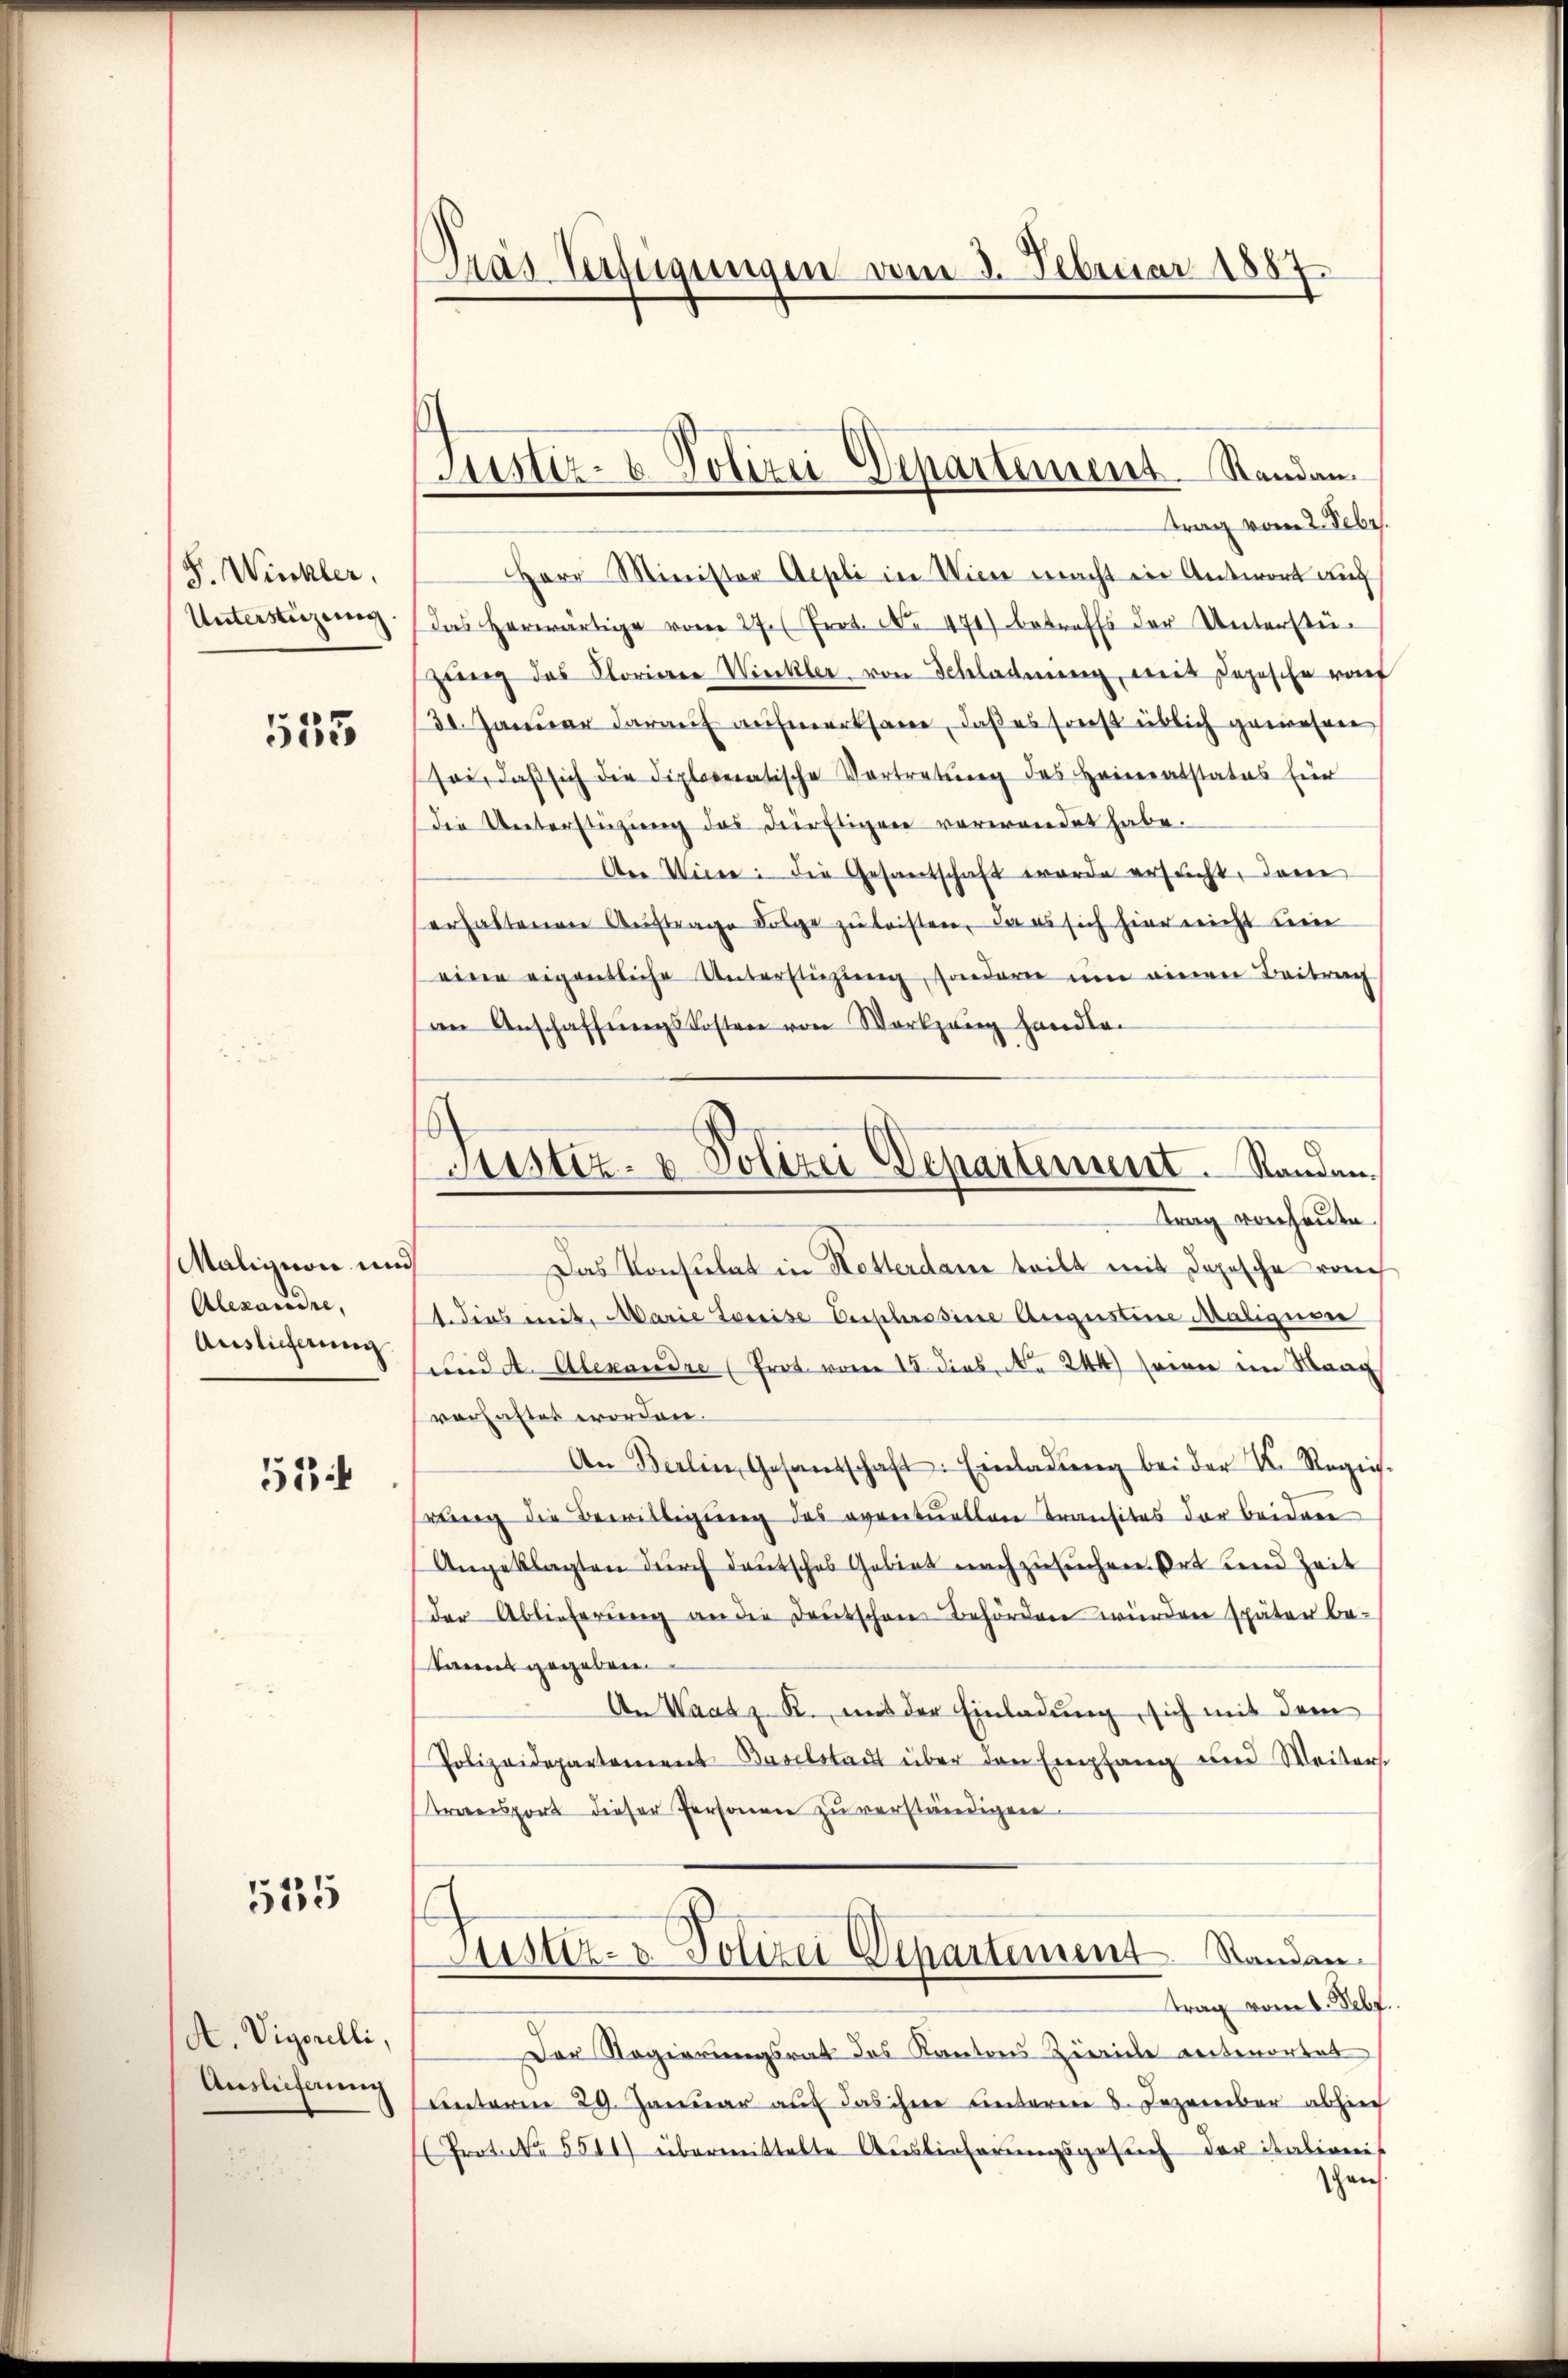
S. Winkler,
Unterstüzeneg

533

Malizion und
Alexandre,
Auslieferung

53

535

A Vigorelli,
Auslieferung

as Tessigungen vom 2. Februar 1857.

Justiz- & Polizei Departement. Standen.

trag vom 2. Febr.
Herr Minister Aeseli in Wien macht die Antwort auch
Das herwärtige vom 27. Prot. No. 471) betreffs der Unterstügung des Floriere Winkler von Schlagung, mit Depesche raf
30. Januar darauf aufmerksam, daß es sonst üblich gewesen
soi, daß sich die diplomatische Vortretung des Heimatstatus Einr
die Unterstützung des dürftigen verwendet habe.
Aer Wiene: die Gesantschaft wurde ersucht, dann
erhaltenen Auftrage Folge zu leisten, da es sich hier nicht um
eine eigentliche Unterstüzung, sondern um einen Beitrag
an Anschaffŭngskosten von Wortzung handle.
Das Konsulat in Hotterdam teilt mit Depesche rauch
ders mit Marie Kreise Erschrosine Augustine Maliquere
und A. Alexandre (Prot vom 15. dies N. 244 seien im Maag
verlastet worden.
An Berlin, Gesandschaft: Einladung bei der I. Regie-
wenig die Bewilligung des eventuellen Transitas der beiden
Angeklagten durch deutsches Gebiet nachzusuchen Ort und Zeit
der Ablieferŭng an die Deutschen Behörden würden später be-
kannt gegeben
An Waasz. R. uns der Einladung, sich mit dem
Polizeidepartement Baselstadt über den Empfang und Weiters.
transport dieser Personen zu verständigen.
Justiz- & Polizei Departement Standantrag vom 1. Febr.
Der Regierungsrat des Kantons Zürich reitenortet
unterm 29. Januar auf das ihre Leiteren 8. Dezember absich
Proteca 5511) übermittelte Auslieferŭngsgesŭch der italienis
schen.

Justiz- & Polizei Departement. Randantrag von heute